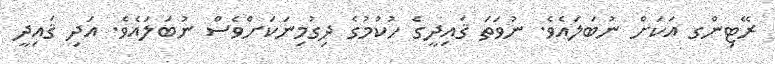
ރޭޓިންގ އަކަށް ނުބަލައެވެ. ނުވަތަ ޤައިދީގެ ހުކުމުގެ ދިގުމިނަކަށްވެސް ނުބަލައެވެ. އަދި ޤައިދީ